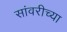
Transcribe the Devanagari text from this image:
सांवरीच्या